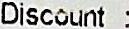
DISCOUNT :